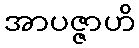
အာပဇ္ဇာဟိ